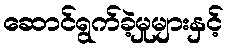
ဆောင်ရွက်ခဲ့မှုများနှင့်